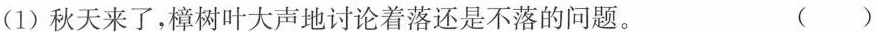
(1)秋天来了，樟树叶大声地讨论着落还是不落的问题。 ( )